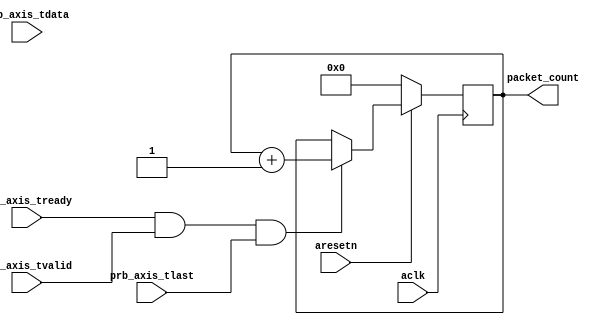
`timescale 1ns / 1ps

module axis_packet_counter #(
    parameter DWIDTH = 512
) (
(* X_INTERFACE_PARAMETER = "XIL_INTERFACENAME aclk, ASSOCIATED_BUSIF prb_axis, ASSOCIATED_RESET aresetn" *)
(* X_INTERFACE_INFO = "xilinx.com:signal:clock:1.0 aclk CLK" *)
    input wire aclk,
(* X_INTERFACE_PARAMETER = "XIL_INTERFACENAME aresetn, POLARITY ACTIVE_LOW, INSERT_VIP 0" *)
(* X_INTERFACE_INFO = "xilinx.com:signal:reset:1.0 aresetn RST" *)
    input wire aresetn,


(* X_INTERFACE_INFO = "xilinx.com:interface:axis:1.0 prb_axis TREADY" *)
    input wire prb_axis_tready,
(* X_INTERFACE_INFO = "xilinx.com:interface:axis:1.0 prb_axis TVALID" *)
    input wire prb_axis_tvalid,
(* X_INTERFACE_INFO = "xilinx.com:interface:axis:1.0 prb_axis TDATA" *)
    input wire [DWIDTH-1:0] prb_axis_tdata,
(* X_INTERFACE_MODE = "monitor" *)
(* X_INTERFACE_PARAMETER = "XIL_INTERFACENAME prb_axis, HAS_TLAST 1, HAS_TREADY 1" *)
(* X_INTERFACE_INFO = "xilinx.com:interface:axis:1.0 prb_axis TLAST" *)
    input wire prb_axis_tlast,

    output reg [31:0] packet_count
);

always @ (posedge aclk) begin
    if (!aresetn) begin
        packet_count = 32'b0;
    end else begin
        if (prb_axis_tready && prb_axis_tvalid && prb_axis_tlast)
            packet_count = packet_count + 1;
    end
end

endmodule